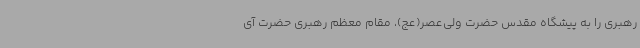
رهبری را به پیشگاه مقدس حضرت ولی‌عصر(عج)، مقام معظم رهبری حضرت آی